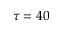
\tau = 4 0